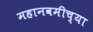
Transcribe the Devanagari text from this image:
महानवमीच्या